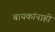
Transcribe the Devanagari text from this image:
बायकांनाही